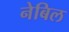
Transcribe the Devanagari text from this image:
नेबिल